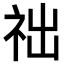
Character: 𥙋